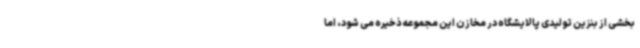
بخشی از بنزین تولیدی پالایشگاه در مخازن این مجموعه ذخیره می شود، اما